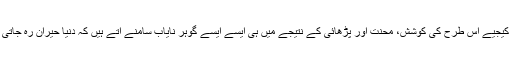
یقین کیجیے اس طرح کی کوشش، محنت اور پڑھائی کے نتیجے میں ہی ایسے ایسے گوہر نایاب سامنے آتے ہیں کہ دنیا حیران رہ جاتی ہے۔